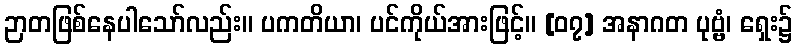
ဉာတဖြစ်နေပါသော်လည်း။ ပကတိယာ၊ ပင်ကိုယ်အားဖြင့်။ [၀၇] အနာဂတ ပုဗ္ဗံ၊ ရှေး၌